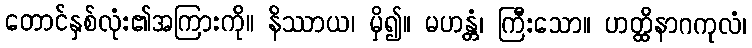
တောင်နှစ်လုံး၏အကြားကို။ နိဿာယ၊ မှိ၍။ မဟန္တံ၊ ကြီးသော။ ဟတ္ထိနာဂကုလံ၊